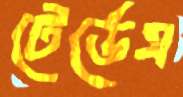
টের্ডেস